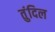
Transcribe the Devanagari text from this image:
तुंदिल